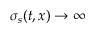
\sigma _ { s } ( t , x ) \to \infty